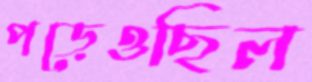
পড়েওছিল